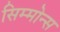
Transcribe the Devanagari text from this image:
सिम्मोन्स